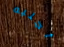
أجلبه